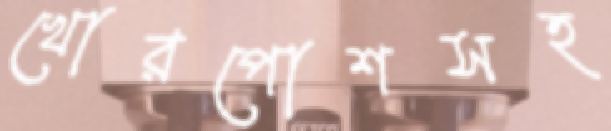
খোরপোশসহ